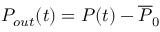
P _ { o u t } ( t ) = P ( t ) - \overline { { P } } _ { 0 }